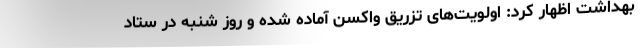
بهداشت اظهار کرد: اولویت‌های تزریق واکسن آماده شده و روز شنبه در ستاد